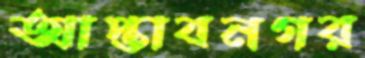
আপ্তাবনগর